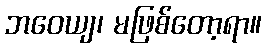
ဘဝေယျ၊ မဖြစ်တော့ရာ။